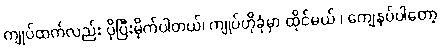
ကျုပ်ထက်လည်း ပိုပြီးမိုက်ပါတယ်၊ ကျုပ်ဟိုခုံမှာ ထိုင်မယ် ၊ ကျေနပ်ပါတော့